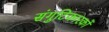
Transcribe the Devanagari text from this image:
संगुटिकारकों